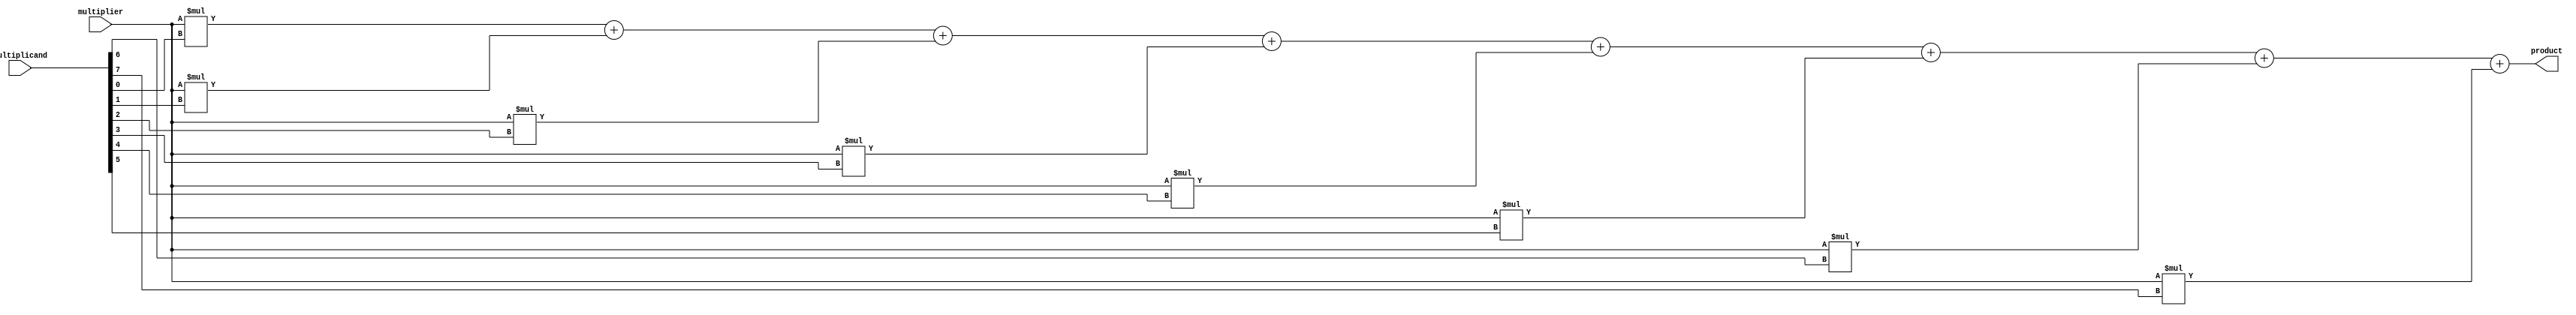
module Baugh_Wooley_Multiplier (
    input signed [7:0] multiplier,
    input signed [7:0] multiplicand,
    output reg signed [15:0] product
);

reg [15:0] partial_products [7:0];
reg signed [15:0] sum;
reg signed [15:0] final_product;

// Partial product generation stage
integer i;
always @* begin
    for (i = 0; i < 8; i = i + 1) begin
        partial_products[i] = multiplier * multiplicand[i];
    end
end

// Reduction stage using Wallace tree
always @* begin
    sum = partial_products[0];
    for (i = 1; i < 8; i = i + 1) begin
        sum = sum + partial_products[i];
    end
end

// Sign extension stage
always @* begin
    if (sum[15] == 1) begin
        final_product = {16'd0, sum};
    end else begin
        final_product = sum;
    end
end

// Final output calculation
always @* begin
    product = final_product;
end

endmodule